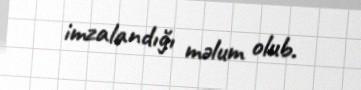
imzalandığı məlum olub.